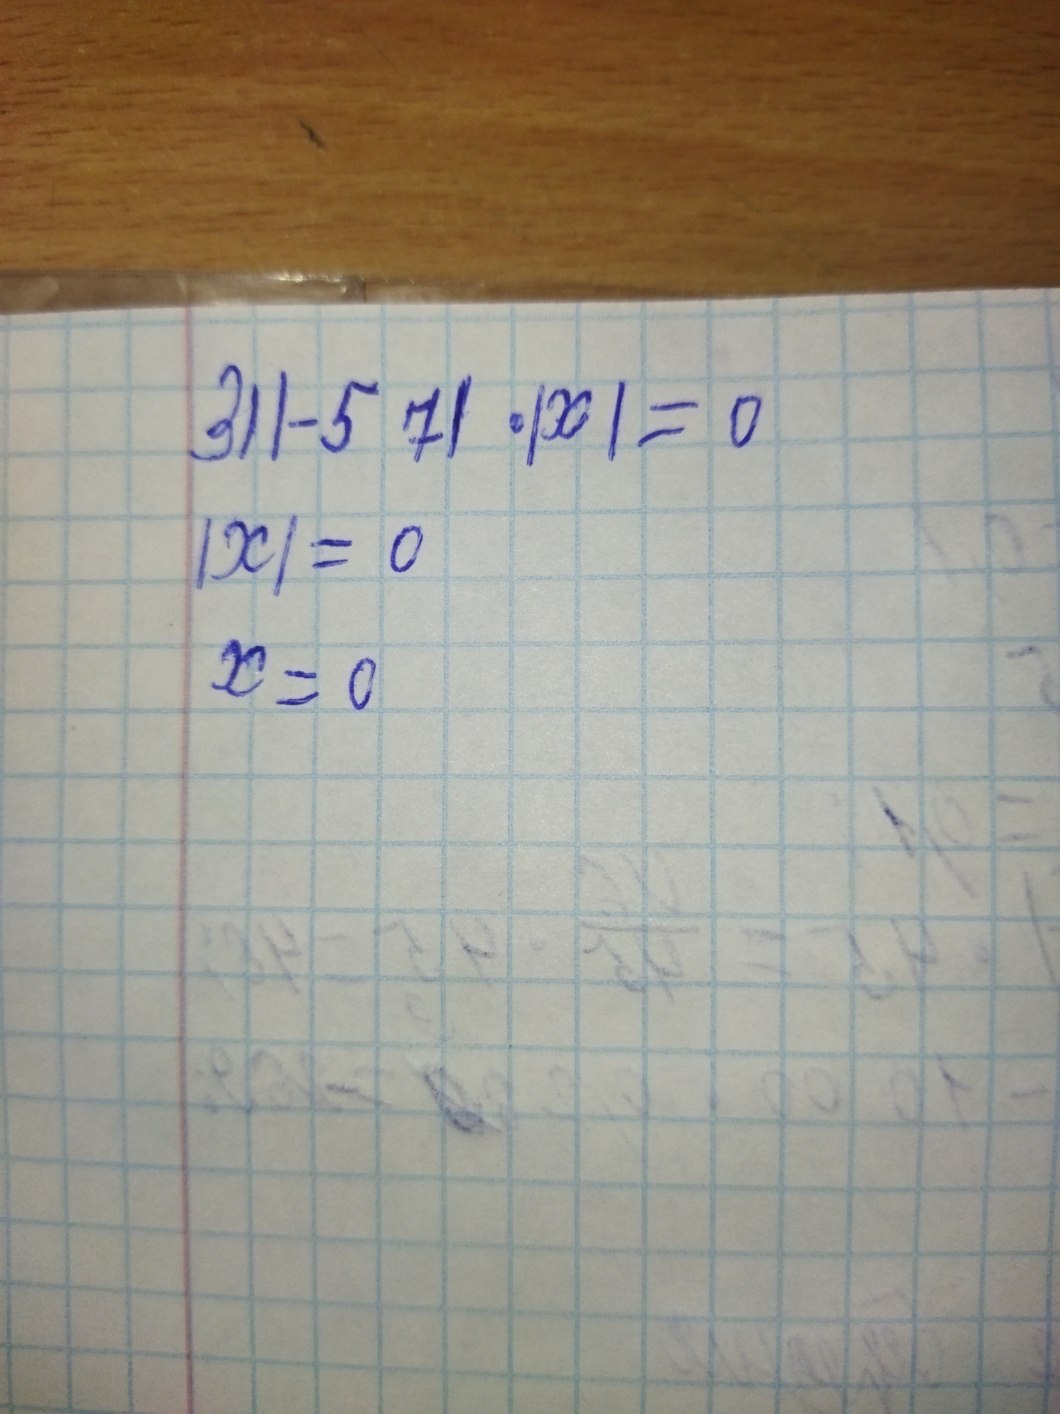
31 |- 57| · |x| = 0
|x| = 0
x = 0